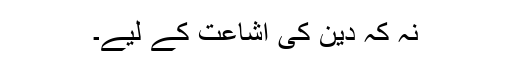
نہ کہ دین کی اشاعت کے لیے۔